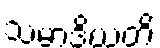
သမာဒိယတိ